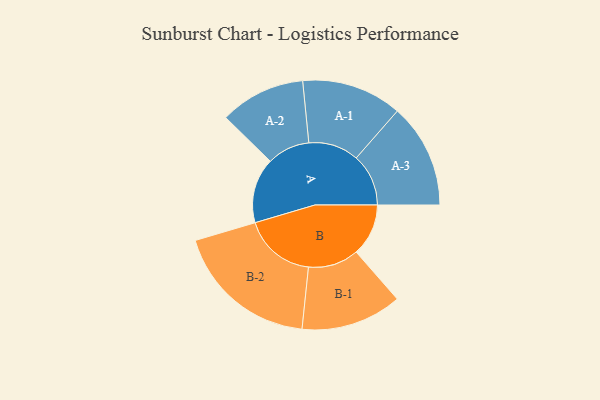
{"axis": {"x": "Segment", "y": "Value"}, "legend": ["", "A", "B"], "data": [{"x": "A", "y": 227, "type": ""}, {"x": "B", "y": 182, "type": ""}, {"x": "A-1", "y": 175, "type": "A"}, {"x": "A-2", "y": 149, "type": "A"}, {"x": "A-3", "y": 182, "type": "A"}, {"x": "B-1", "y": 176, "type": "B"}, {"x": "B-2", "y": 252, "type": "B"}]}